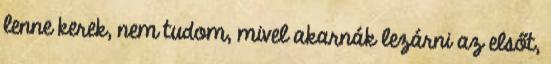
lenne kerek, nem tudom, mivel akarnák lezárni az elsőt,